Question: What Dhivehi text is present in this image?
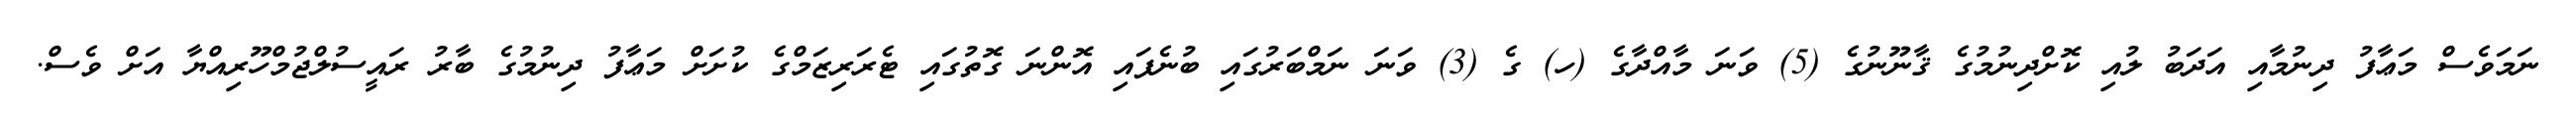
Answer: ނަމަވެސް މަޢާފު ދިނުމާއި އަދަބު ލުއި ކޮށްދިނުމުގެ ޤާނޫނުގެ (5) ވަނަ މާއްދާގެ (ހ) ގެ (3) ވަނަ ނަމްބަރުގައި ބުނެފައި އޮންނަ ގޮތުގައި ޓެރަރިޒަމްގެ ކުށަށް މަޢާފު ދިނުމުގެ ބާރު ރައީސުލްޖުމްހޫރިއްޔާ އަށް ވެސް.